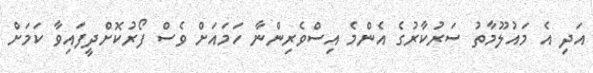
އަދި އެ މައުލޫމާތު ސަރުކާރުގެ އެންމެ އިސްވެރިންނާ ހަމައަށް ވެސް ފޯރުކޮށްދީފައިވާ ކަމަށް